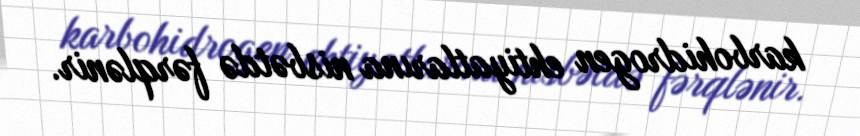
karbohidrogen ehtiyatlarına nisbətdə fərqlənir.